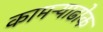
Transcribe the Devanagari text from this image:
कामऱ्याढोक